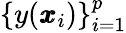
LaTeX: \{ y(\pmb{x}_{i})\} _{i=1}^{p}